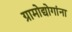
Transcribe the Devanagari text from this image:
ग्रामोद्योगांना